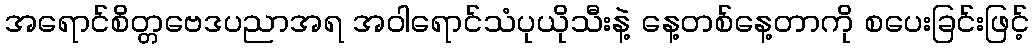
အရောင်စိတ္တဗေဒပညာအရ အဝါရောင်သံပုယိုသီးနဲ့ နေ့တစ်နေ့တာကို စပေးခြင်းဖြင့်